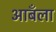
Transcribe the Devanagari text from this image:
आबँला